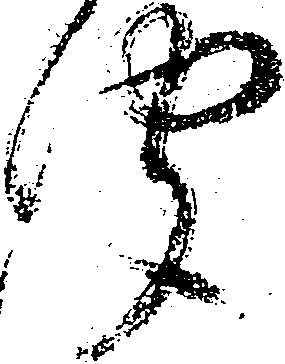
聞